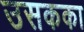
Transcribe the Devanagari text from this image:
उसकका